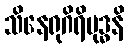
သိနေရုဂိရိမုဒ္ဓနိ